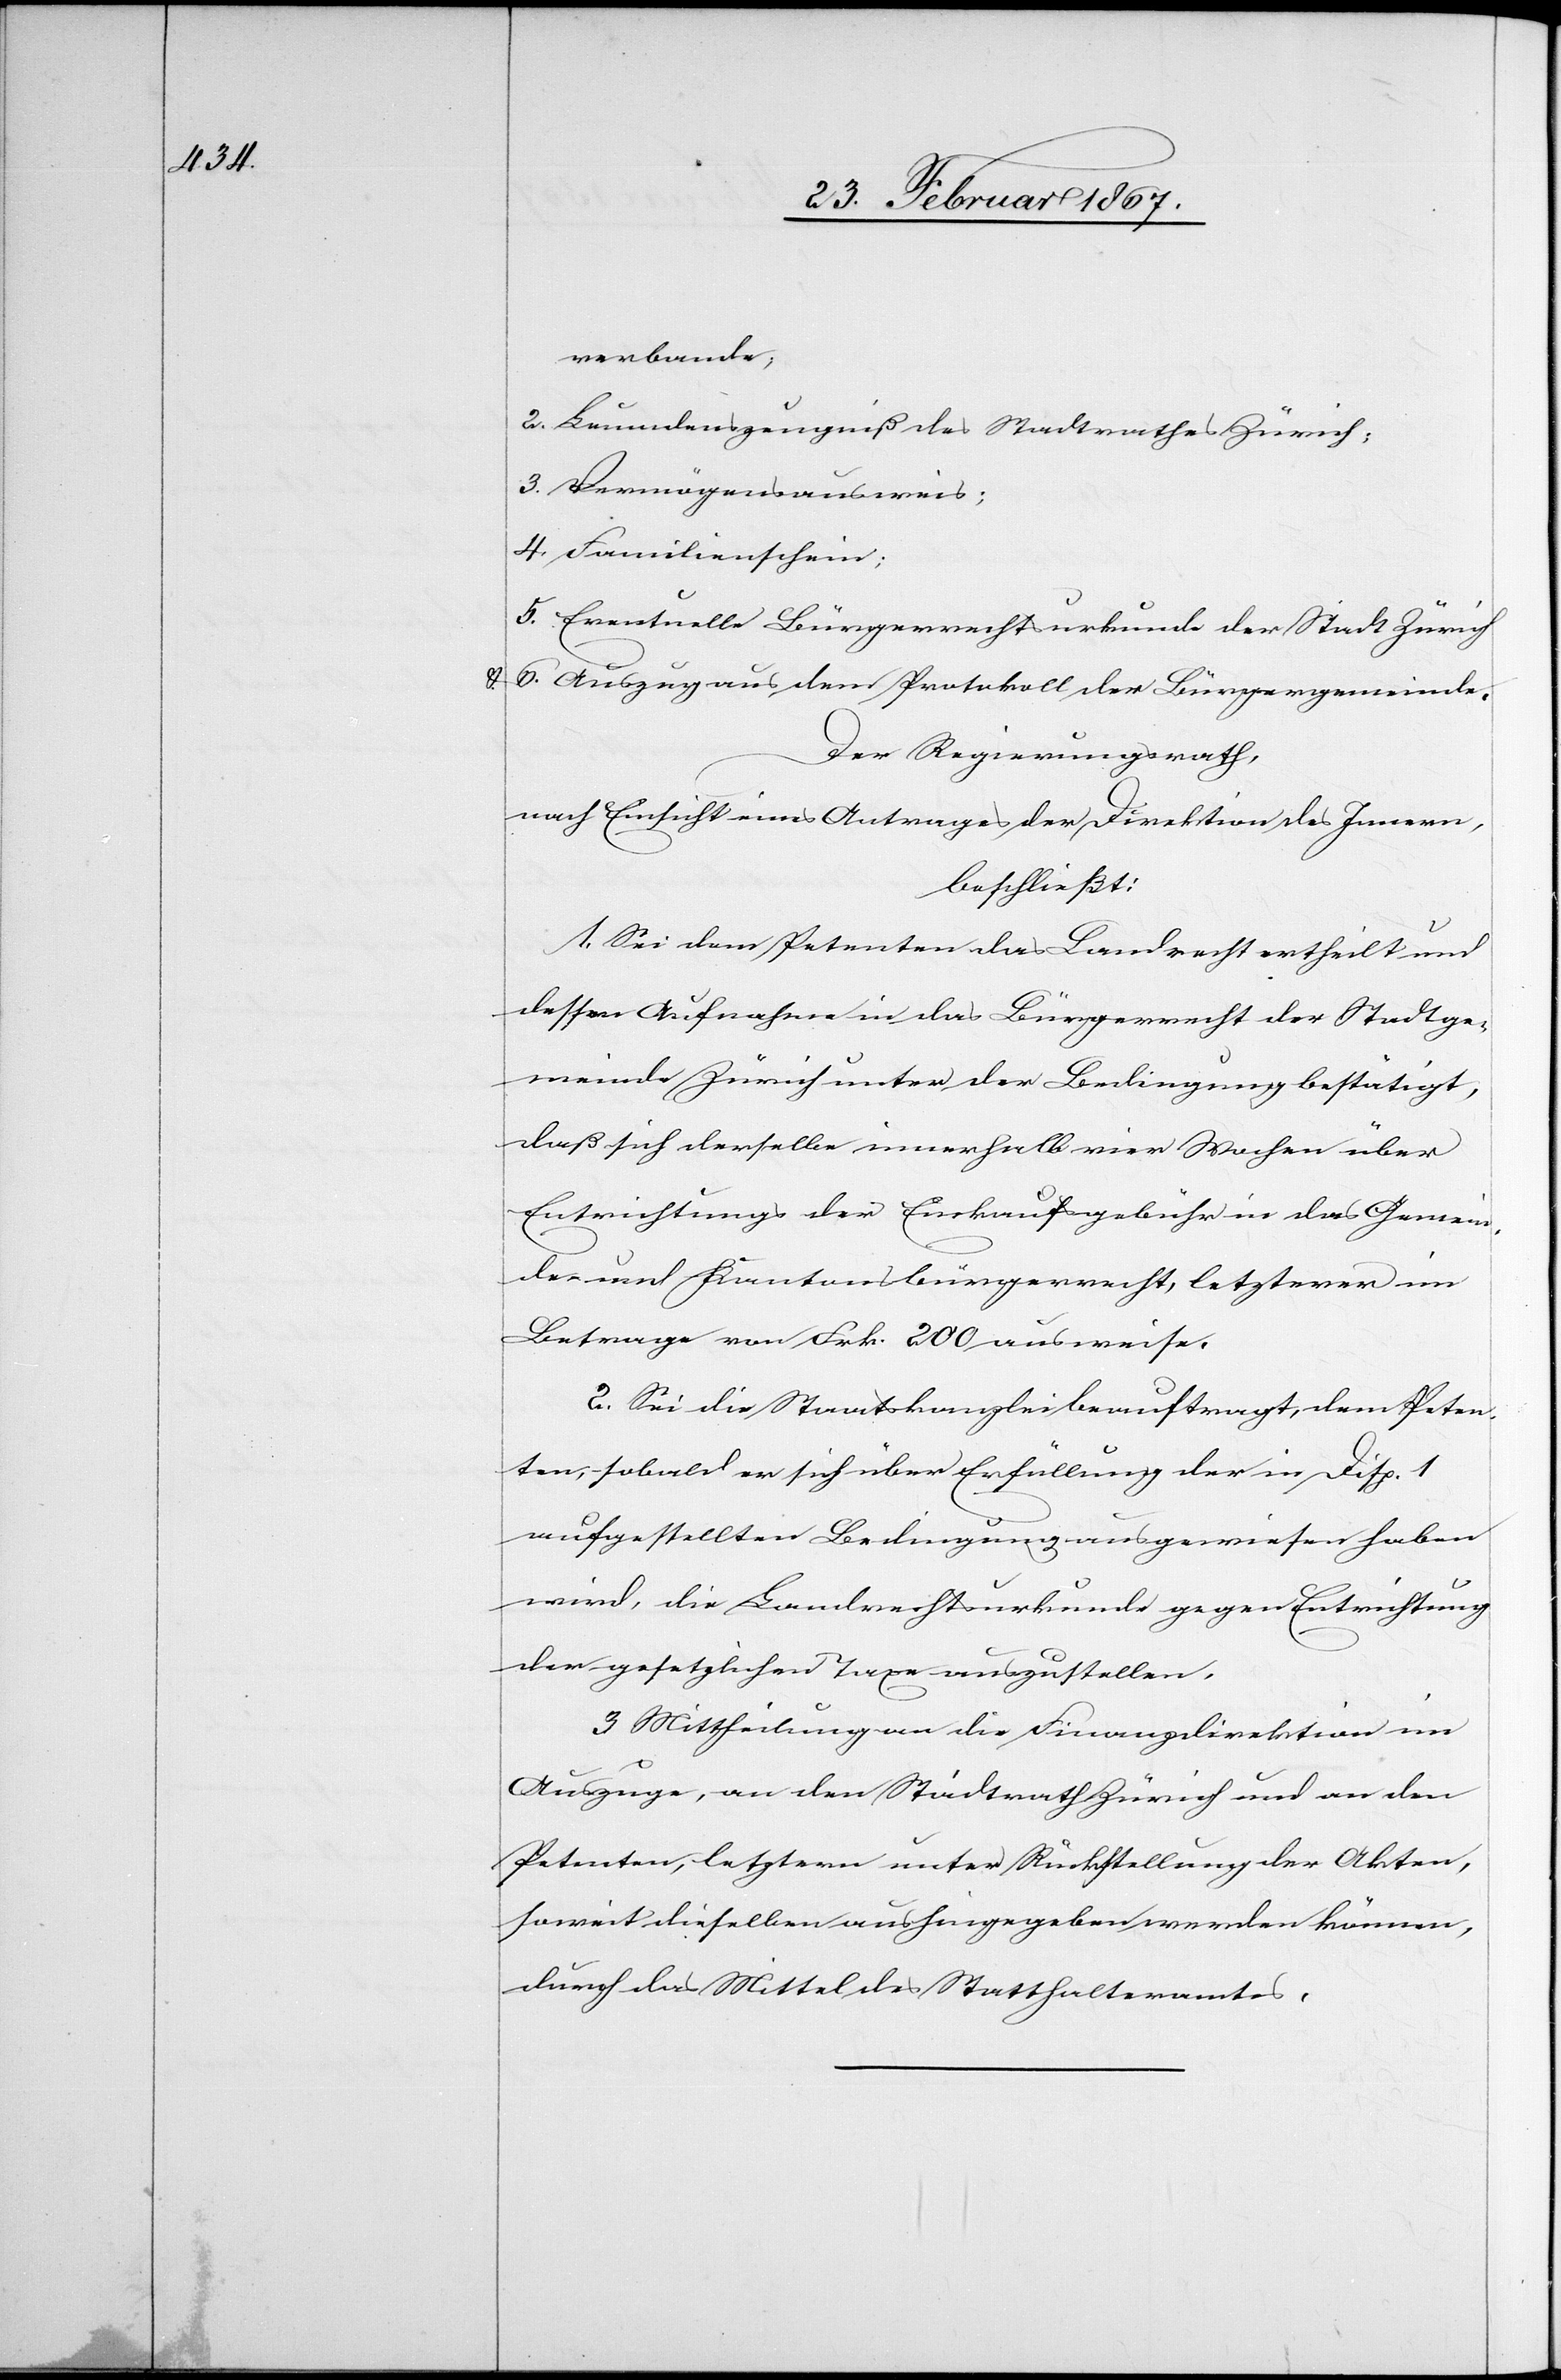
u.

verbande,
2. Leumdenszeugniß des Stadtrathes Zürich;
3. Vermögensausweis:
4. Familienschein;
5. Eventuelle Bürgerrechtsurkunde der Stadt Zürich
6. Auszug aus dem Protokoll der Bürgergemeinde.
Der Regierungsrath,
nach Einsicht eines Antrages der Direktion des Innern,
beschließt:
1. Sei dem Petenten das Landrecht ertheilt und
dessen Aufnahme in das Bürgerrecht der Stadtge¬
meinde Zürich unter der Bedingung bestätigt,
daß sich derselbe innerhalb vier Wochen über
Entrichtung der Einkaufsgebühr in das Gemein¬
de- und Kantonsbürgerrecht, letzterer im
Betrage von Frk. 200 ausweise.
2. Sei die Staatskanzlei beauftragt, dem Peten¬
ten, sobald er sich über Erfüllung der in Disp. 1
aufgestellten Bedingungen ausgewiesen haben
wird, die Landrechtsurkunde gegen Entrichtung
der gesetzlichen Taxe auszustellen.
3. Mittheilung an die Finanzdirektion im
Auszuge, an den Stadtrath Zürich und an den
Petenten, letztern unter Rückstellung der Akten,
soweit dieselben aushingegeben werden können,
durch das Mittel des Statthalteramtes.